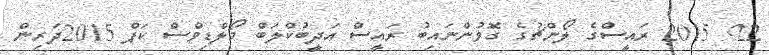
22